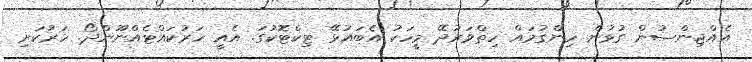
އެއްޖިންސުން ގުޅުން ހިންގުމައް ހިތްވަރުދޭ މީހަކު އެބައުޅޭ ޓިކްޓޮކުގަ. އެއީ ހަރުކައްޓެއްނޫންދޯ. ހަރުކަށި